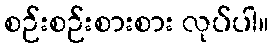
စဉ်းစဉ်းစားစား လုပ်ပါ။